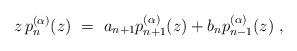
LaTeX: \begin{align*}{z}\,p_n^{(\alpha)}(z)\ =\ a_{n+1}p^{(\alpha)}_{n+1}(z)+b_{n}p^{(\alpha)}_{n-1}(z)\ ,\end{align*}